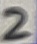
Text: 2